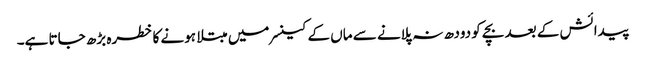
پیدائش کے بعد بچے کو دودھ نہ پلانے سے ماں کے کینسر میں مبتلا ہونے کا خطرہ بڑھ جاتا ہے۔